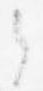
之